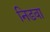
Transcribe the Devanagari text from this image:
निडवा